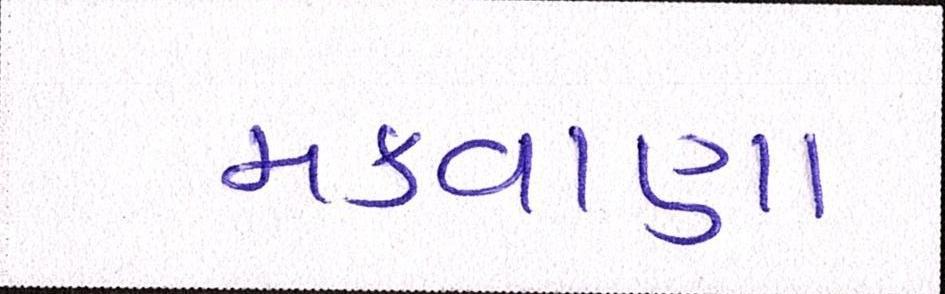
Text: મકવાણા